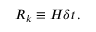
{ \cal R } _ { k } \equiv H \delta t \, .